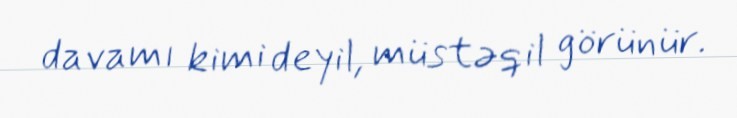
davamı kimi deyil, müstəqil görünür.